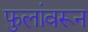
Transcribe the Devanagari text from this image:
फुलांवरून